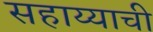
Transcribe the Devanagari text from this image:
सहाय्याची